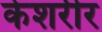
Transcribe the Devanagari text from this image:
केशरीर